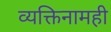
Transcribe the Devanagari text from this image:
व्यक्तिनामही